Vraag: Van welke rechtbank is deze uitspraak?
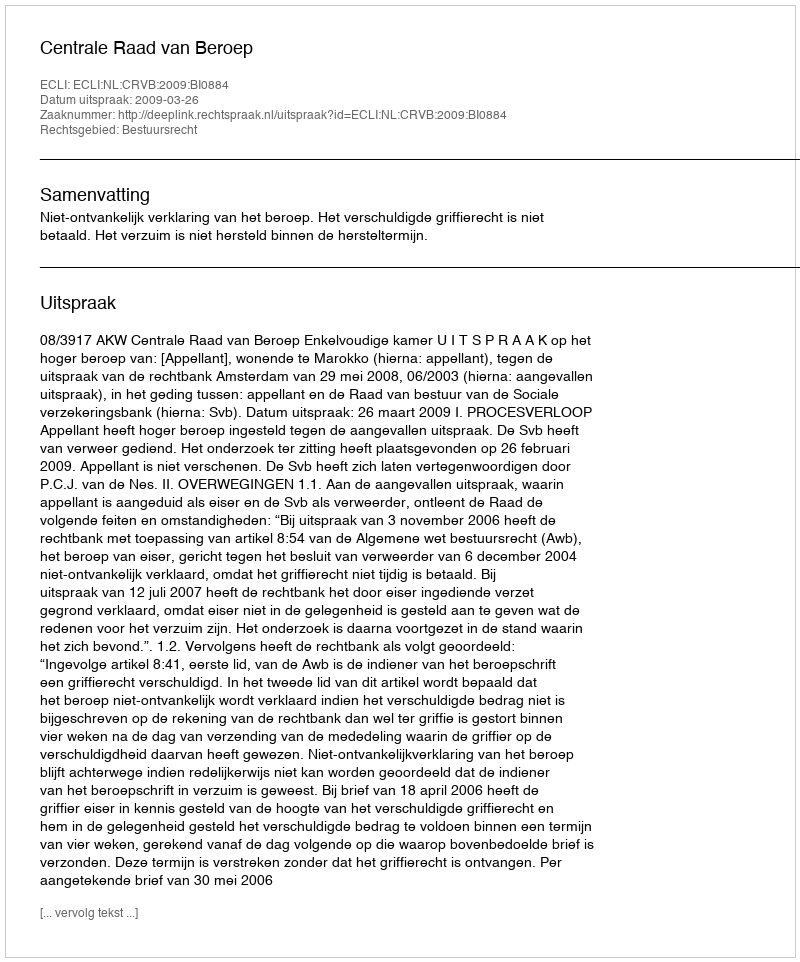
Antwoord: Centrale Raad van Beroep